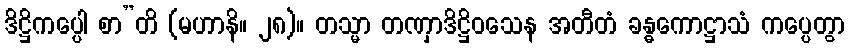
ဒိဋ္ဌိကပ္ပေါ စာ”တိ (မဟာနိ။ ၂၈)။ တသ္မာ တဏှာဒိဋ္ဌိဝသေန အတီတံ ခန္ဓကောဋ္ဌာသံ ကပ္ပေတွာ